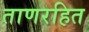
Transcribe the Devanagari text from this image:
ताणरहित